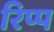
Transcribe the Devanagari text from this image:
रिप्प